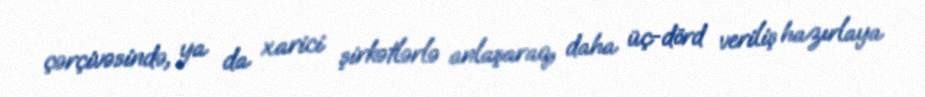
çərçivəsində, ya da xarici şirkətlərlə anlaşaraq, daha üç-dörd veriliş hazırlaya